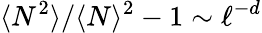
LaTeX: \langle N^{2}\rangle/\langle N\rangle^{2}-1\sim\ell^{-d}